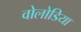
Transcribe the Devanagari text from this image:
वोलोडिया